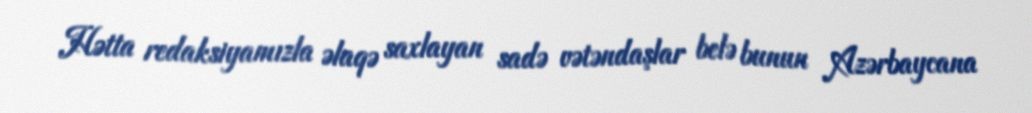
Hətta redaksiyamızla əlaqə saxlayan sadə vətəndaşlar belə bunun Azərbaycana